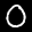
Label: 0